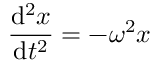
{ \frac { \mathrm { d } ^ { 2 } x } { \mathrm { d } t ^ { 2 } } } = - \omega ^ { 2 } x